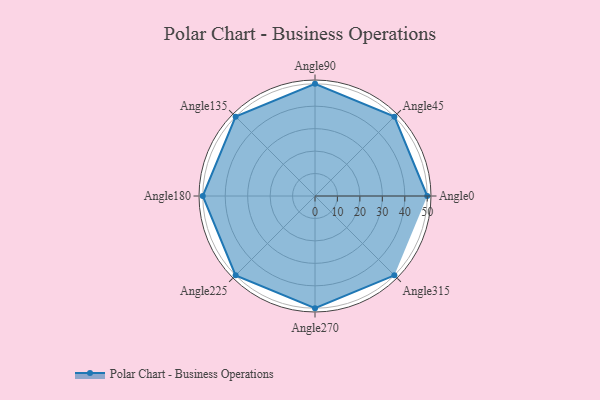
{"axis": {"x": "Angle", "y": "Radius"}, "legend": [""], "data": [{"x": "Angle0", "y": 50, "type": ""}, {"x": "Angle45", "y": 50, "type": ""}, {"x": "Angle90", "y": 50, "type": ""}, {"x": "Angle135", "y": 50, "type": ""}, {"x": "Angle180", "y": 50, "type": ""}, {"x": "Angle225", "y": 50, "type": ""}, {"x": "Angle270", "y": 50, "type": ""}, {"x": "Angle315", "y": 50, "type": ""}]}